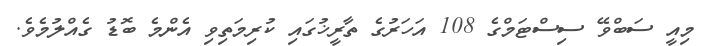
މިއީ ސަބްވޭ ސިސްޓަމްގެ 108 އަހަރުގެ ތާރީޚުގައި ކުރިމަތިވި އެންމެ ބޮޑު ގެއްލުމެވެ.